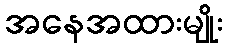
အနေအထားမျိုး